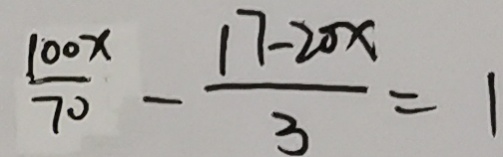
\frac { 1 0 0 x } { 7 0 } - \frac { 1 7 - 2 0 x } { 3 } = 1